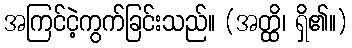
အကြင်ငဲ့ကွက်ခြင်းသည်။ (အတ္ထိ၊ ရှိ၏။)